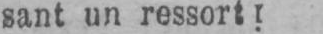
sant un ressort!